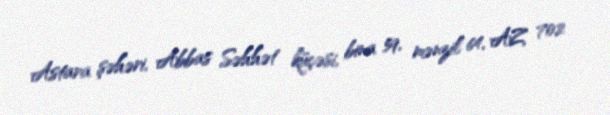
Astara şəhəri, Abbas Səhhət küçəsi, bina 59, mənzil 64, AZ 702